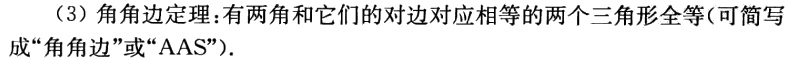
（3）角角边定理：有两角和它们的对边对应相等的两个三角形全等（可简写成“角角边”或“AAS”）.